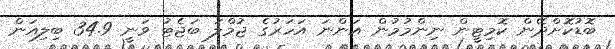
ބޮޑުކޮށްދޭން ކޮމިޓީން ނިންމުމުން އަންނަ އަހަރުގެ ޖުމްލަ ބަޖެޓު ވަނީ 34.9 ބިލިއަން